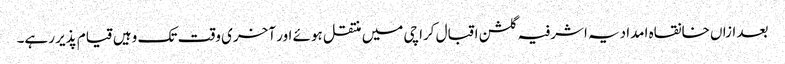
بعد ازاں خانقاہ امدادیہ اشرفیہ گلشن اقبال کراچی میں منتقل ہوئے اور آخری وقت تک وہیں قیام پذیر رہے۔